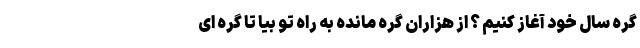
گره سال خود آغاز کنیم ؟ از هزاران گره مانده به راه تو بیا تا گره ای